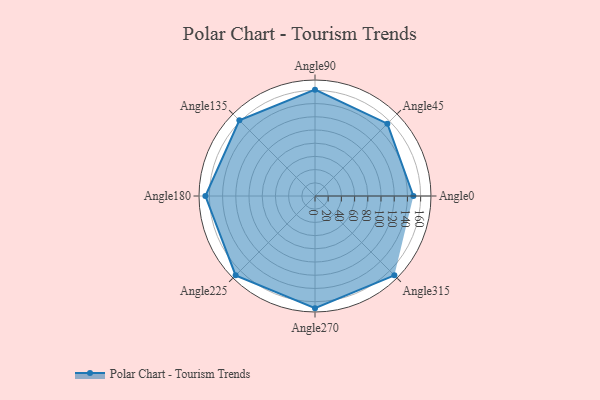
{"axis": {"x": "Angle", "y": "Radius"}, "legend": [""], "data": [{"x": "Angle0", "y": 149.0, "type": ""}, {"x": "Angle45", "y": 155.0, "type": ""}, {"x": "Angle90", "y": 161.0, "type": ""}, {"x": "Angle135", "y": 162.0, "type": ""}, {"x": "Angle180", "y": 166.0, "type": ""}, {"x": "Angle225", "y": 170, "type": ""}, {"x": "Angle270", "y": 170, "type": ""}, {"x": "Angle315", "y": 170, "type": ""}]}